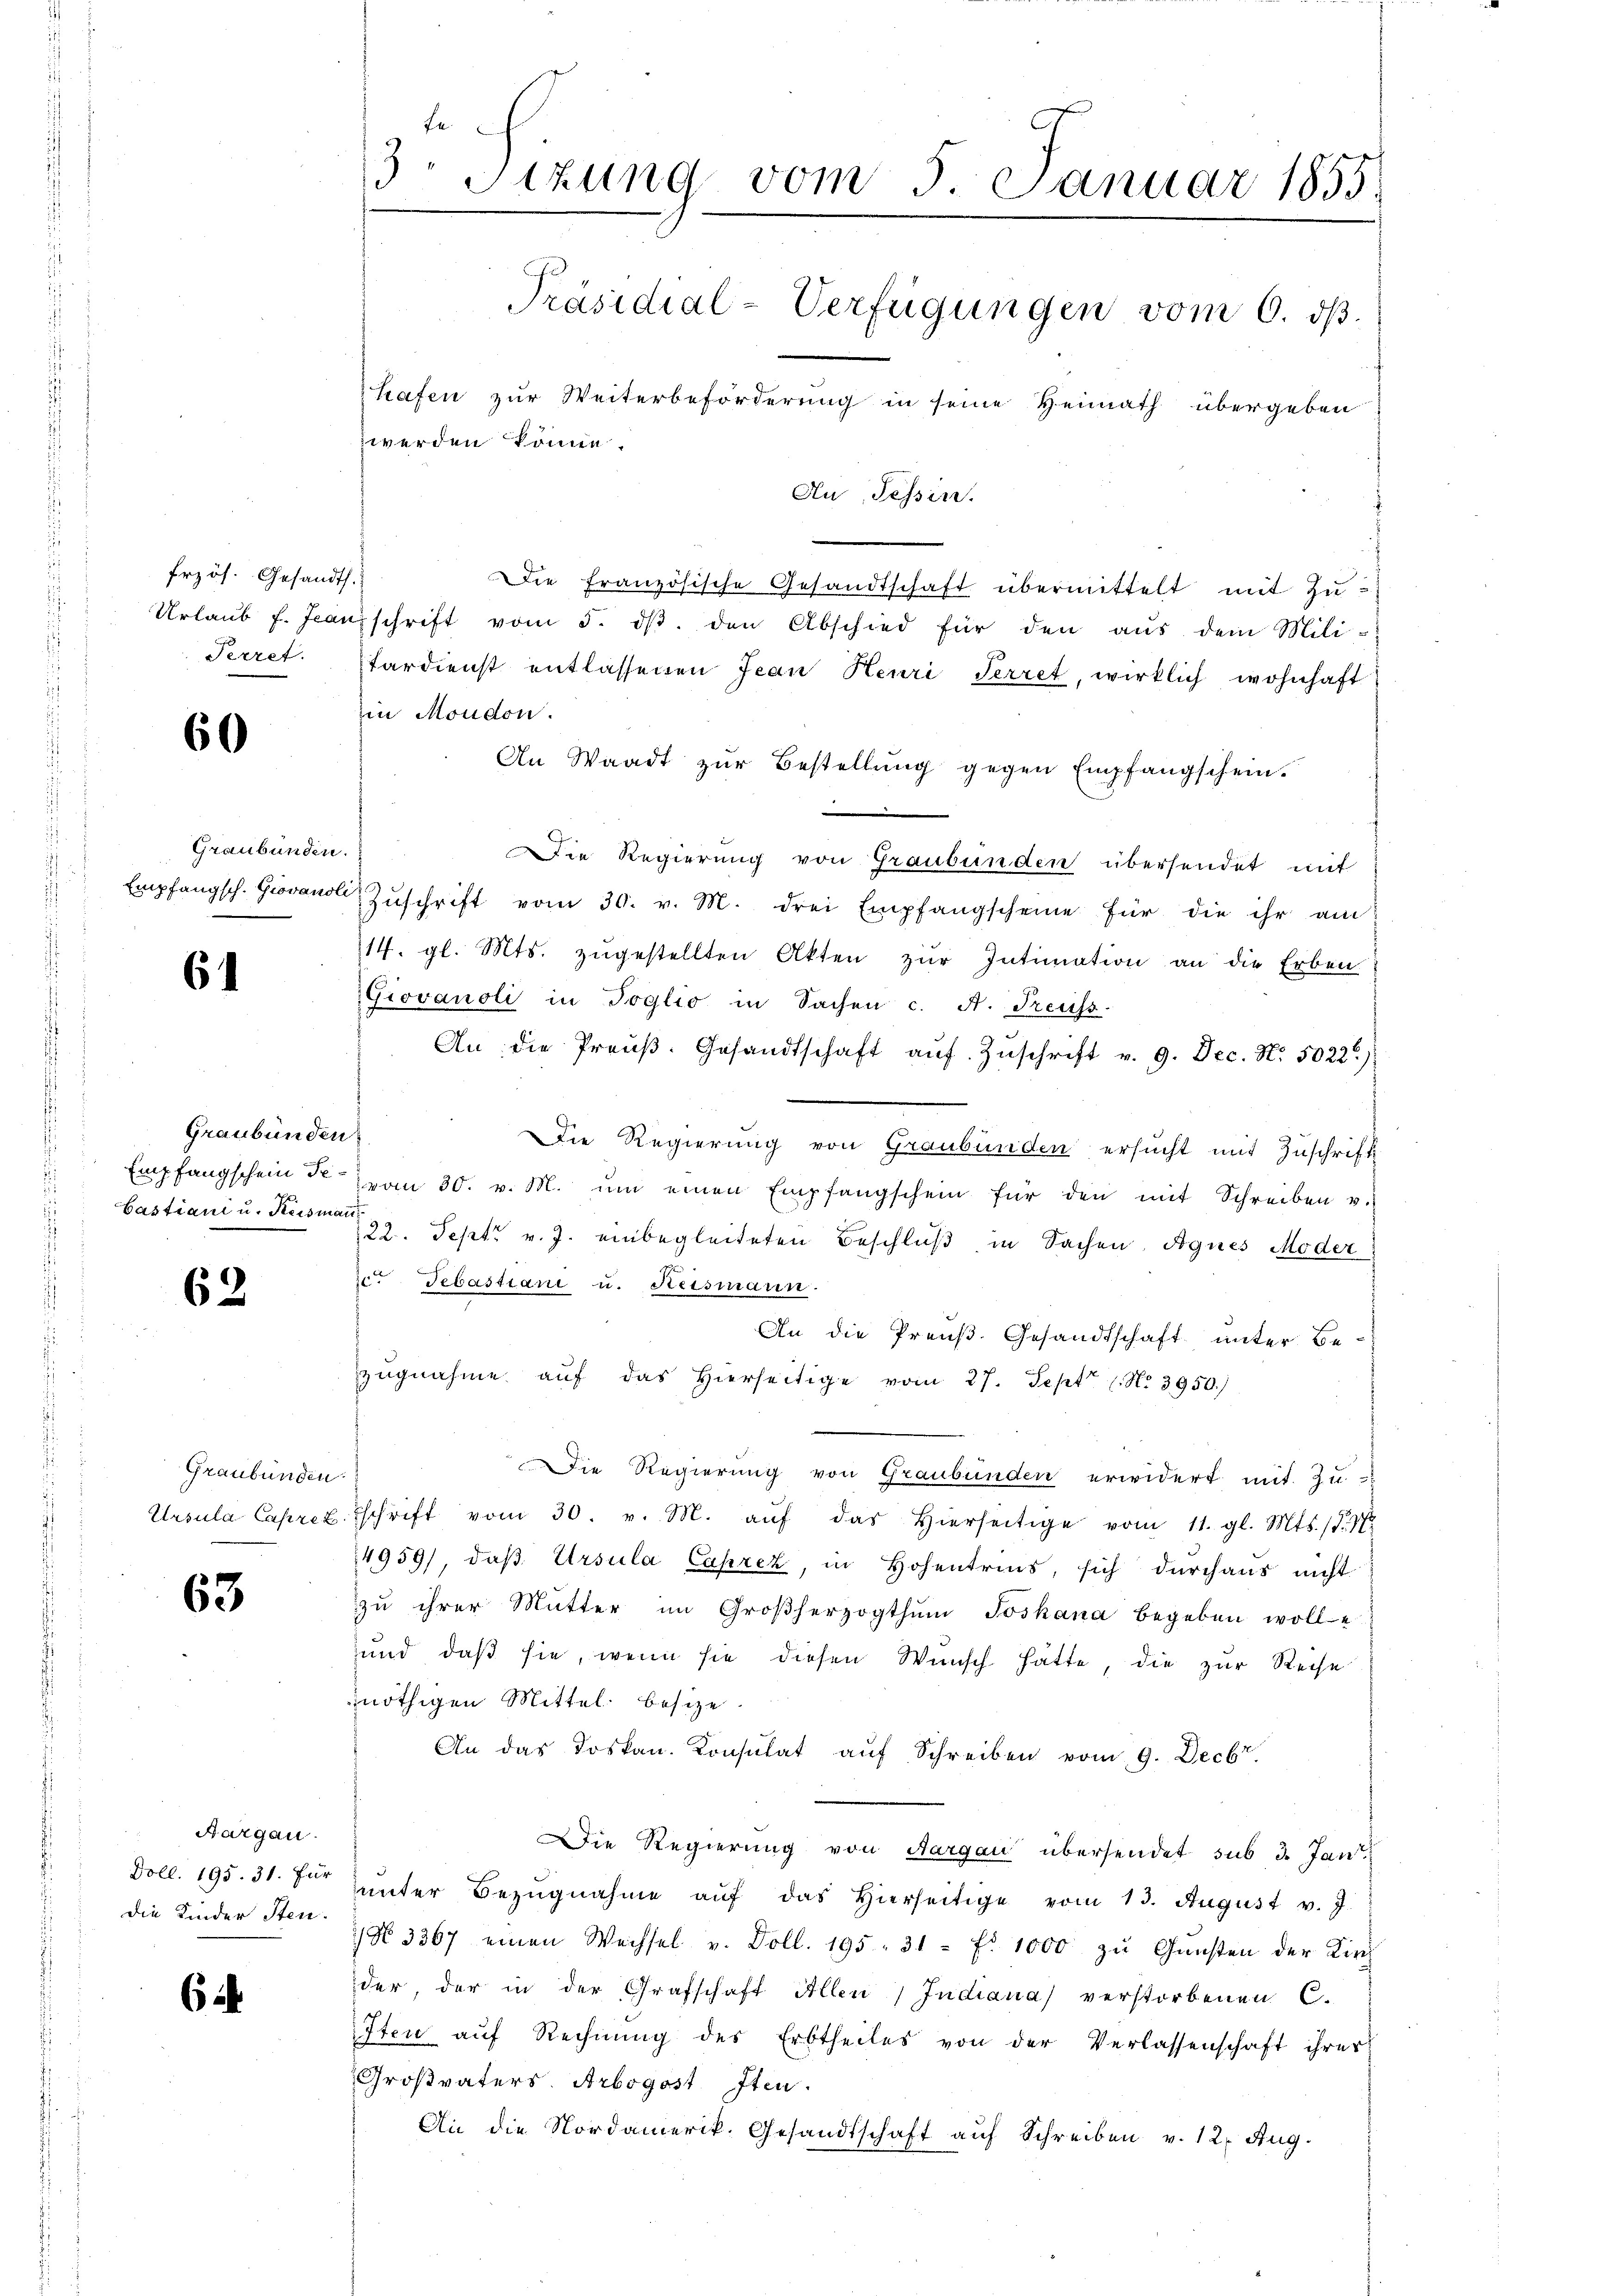
frzös. Gesandts
Perret.

60

Graubünden.

6

Graubünden
Empfangschein Pe¬
Castiani u. Keismann

63

Graubünden.

63

Aargau.
Doll. 195. 31. Für
die Kinder Sten.

6

3 Sitzung vom 5. Januar 1855.
Präsidial-Verfügungen vom 6. dß.
hafen zur Weiterbeförderung in seine Heimath übergeben
werden könne.
Au, Tessin.

Die französische Gesandtschaft übermittelt mit Zu¬
Urlaŭb f. Franzschrift vom 5. dβ. den Abschied für den aŭs dem Mili-
tardienst entlassenen Jean Heuri Perret, wirklich wohnhaft
in Moudon.
An Waadt zur Bestellung gegen Empfangschein.
.
Die Regierung von Graubünden übersendet mit
Empfangsch. Giovano Zŭschrift vom 30. v. M. drei Empfangscheine für die ihr am
14. gl. Mts. zugestellten Akten zur Intimation an die Erben
Giovanoli in Toglio in Sachen c. A. Treuss.
An die Preŭβ. Gesandtschaft aŭf Zŭschrift v. 9. Dec. N. 5022)
Die Regierung von Graubünden ersucht mit Zuschrift
vom 30. v. M. ŭm einen Empfangschein für den mit Schreiben u.
22. Sept. v. J. einbegleiteten Beschluß, in Sachen Agnes Moder
70. Sebastiani u. Reismann.
An die Preuß. Gesandtschaft unter Bezŭgnahme aŭf das hierseitige vom 27. Sept No. 3950.)
Die Regierung von Graubünden erwidert mit Zu-
Ursula Caprez schrift vom 30. v. M. aŭf das hierseitige vom 11. gl. Mts. d. 17
4959), daß Ursula Caprez, in Hohentrius, sich durchaus nicht
zu ihrer Mutter im Großherzogthum Joskana begeben wolle
und daß sie, wenn sie diesen Wunsch hätte, die zur Reihe
nöthigen Mittel besize.
An das Loskan. Konsulat aŭf Schreiben vom 9. Decbr.
Die Regierung von Aargau übersendet sub 3. Jan
unter Bezŭgnahme aŭf das hierseitige vom 13. August v. J.
N 3367 einen Wechsel v. Doll. 195. 31 f. 1000 zŭ Gŭnsten der Kirch
der, der in der Grafschaft Allen Indiana verstorbenen C.
Iten aŭf Rechnŭng des Erbtheiles von der Verlassenschaft ihrer
Großvaters. Arbogost Iten.
An die Nordamerik. Gesandtschaft auf Schreiben v. 12. Aug.